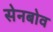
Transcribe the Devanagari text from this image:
सेनबोव